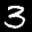
Label: 3